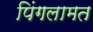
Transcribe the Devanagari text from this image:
पिंगलामत